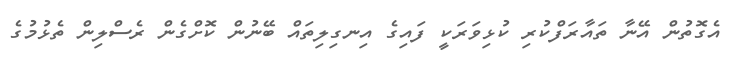
އެގޮތުން އޭނާ ތައާރަފްކުރި ކުޅިވަރަކީ ފައިގެ އިނގިލިތައް ބޭނުން ކޮށްގެން ރެސްލިން ތެޅުމުގެ